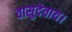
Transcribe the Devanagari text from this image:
वासुदेवाय।